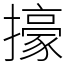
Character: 㩝